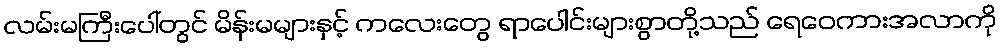
လမ်းမကြီးပေါ်တွင် မိန်းမများနှင့် ကလေးတွေ ရာပေါင်းများစွာတို့သည် ရေဝေကားအလာကို